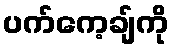
ပက်ကေ့ချ်ကို